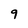
Character: 9